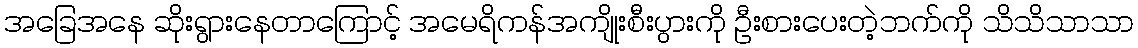
အခြေအနေ ဆိုးရွားနေတာကြောင့် အမေရိကန်အကျိုးစီးပွားကို ဦးစားပေးတဲ့ဘက်ကို သိသိသာသာ